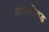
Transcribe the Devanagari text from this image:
जपानाविरुद्ध